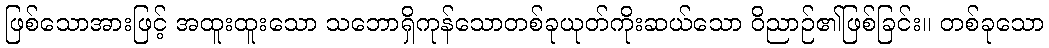
ဖြစ်သောအားဖြင့် အထူးထူးသော သဘောရှိကုန်သောတစ်ခုယုတ်ကိုးဆယ်သော ဝိညာဉ်၏ဖြစ်ခြင်း။ တစ်ခုသော